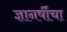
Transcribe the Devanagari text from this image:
ज्ञानर्षीचा